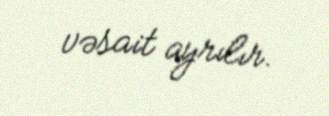
vəsait ayrılır.